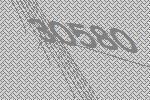
30580